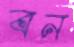
বন